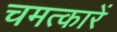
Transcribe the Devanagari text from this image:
चमत्कारें